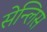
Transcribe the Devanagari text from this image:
सेन्लिस